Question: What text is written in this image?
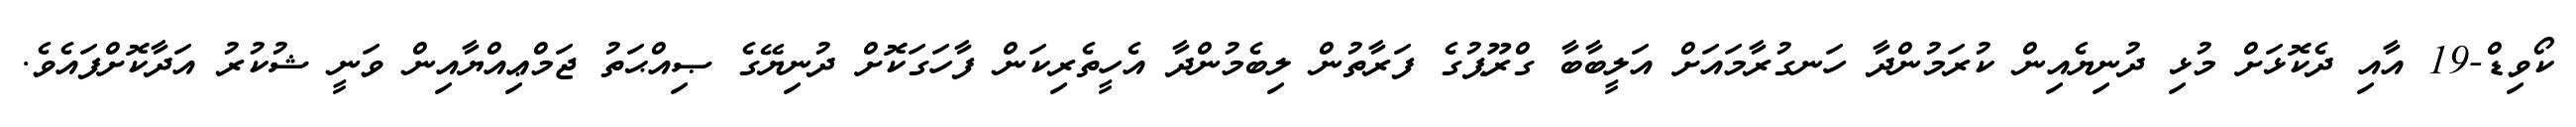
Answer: ކޯވިޑް-19 އާއި ދެކޮޅަށް މުޅި ދުނިޔެއިން ކުރަމުންދާ ހަނގުރާމައަށް އަލީބާބާ ގްރޫޕުގެ ފަރާތުން ލިބެމުންދާ އެހީތެރިކަން ފާހަގަކޮށް ދުނިޔޭގެ ޞިއްޙަތު ޖަމްޢިއްޔާއިން ވަނީ ޝުކުރު އަދާކޮށްފައެވެ.